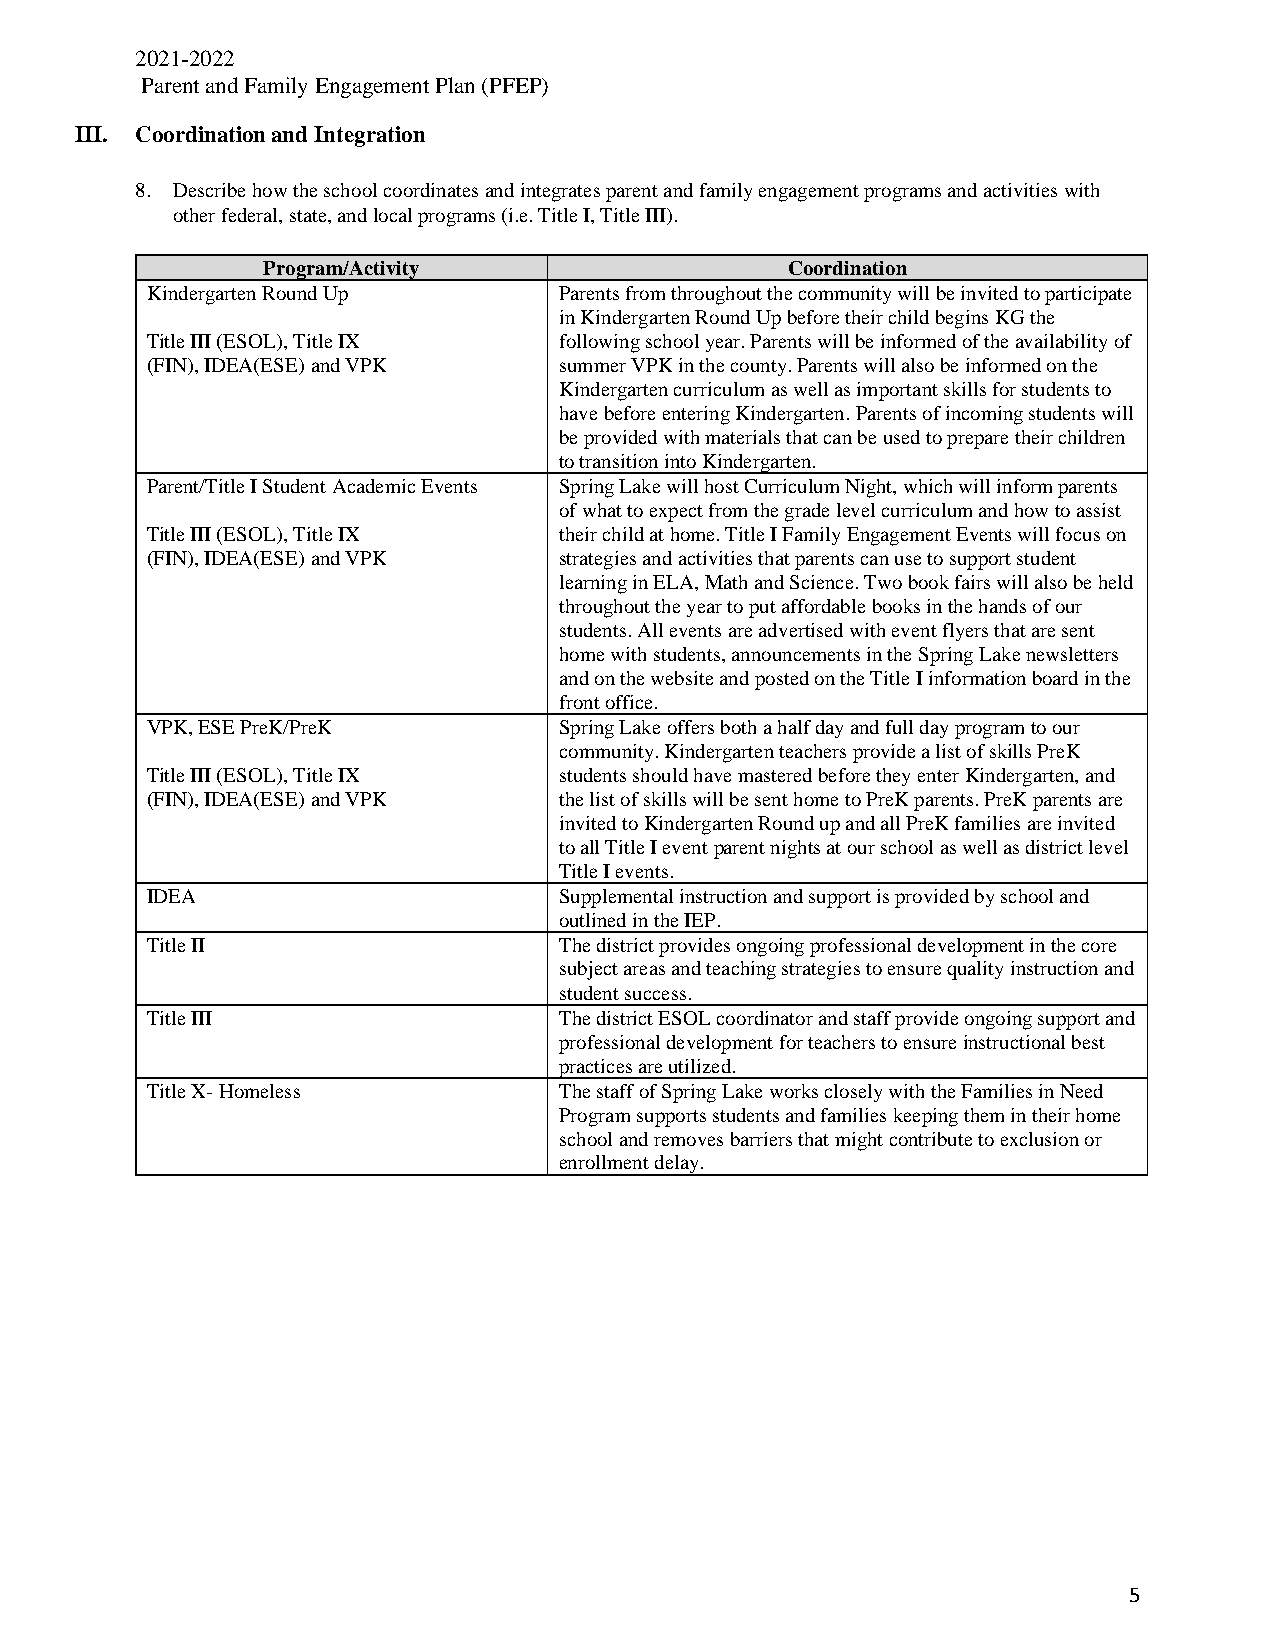
2021-2022
 Parent and Family Engagement Plan (PFEP)
 III. Coordination and Integration
 8. Describe how the school coordinates and integrates parent and family engagement programs and activities with
 other federal, state, and local programs (i.e. Title I, Title III).
 Program/Activity                   Coordination
 Kindergarten Round Up      Parents from throughout the community will be invited to participate
 in Kindergarten Round Up before their child begins KG the
 Title III (ESOL), Title IX following school year. Parents will be informed of the availability of
 (FIN), IDEA(ESE) and VPK   summer VPK in the county. Parents will also be informed on the
 Kindergarten curriculum as well as important skills for students to
 have before entering Kindergarten. Parents of incoming students will
 be provided with materials that can be used to prepare their children
 to transition into Kindergarten.
 Parent/Title I Student Academic Events Spring Lake will host Curriculum Night, which will inform parents
 of what to expect from the grade level curriculum and how to assist
 Title III (ESOL), Title IX their child at home. Title I Family Engagement Events will focus on
 (FIN), IDEA(ESE) and VPK   strategies and activities that parents can use to support student
 learning in ELA, Math and Science. Two book fairs will also be held
 throughout the year to put affordable books in the hands of our
 students. All events are advertised with event flyers that are sent
 home with students, announcements in the Spring Lake newsletters
 and on the website and posted on the Title I information board in the
 front office.
 VPK, ESE PreK/PreK         Spring Lake offers both a half day and full day program to our
 community. Kindergarten teachers provide a list of skills PreK
 Title III (ESOL), Title IX students should have mastered before they enter Kindergarten, and
 (FIN), IDEA(ESE) and VPK   the list of skills will be sent home to PreK parents. PreK parents are
 invited to Kindergarten Round up and all PreK families are invited
 to all Title I event parent nights at our school as well as district level
 Title I events.
 IDEA                       Supplemental instruction and support is provided by school and
 outlined in the IEP.
 Title II                   The district provides ongoing professional development in the core
 subject areas and teaching strategies to ensure quality instruction and
 student success.
 Title III                  The district ESOL coordinator and staff provide ongoing support and
 professional development for teachers to ensure instructional best
 practices are utilized.
 Title X- Homeless          The staff of Spring Lake works closely with the Families in Need
 Program supports students and families keeping them in their home
 school and removes barriers that might contribute to exclusion or
 enrollment delay.
 5